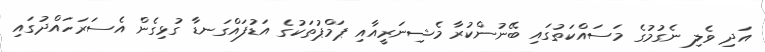
އަދި ވެލި ނެގުމުގެ މަސައްކަތުގައި ބޭނުންކުރާ މެޝިނަރީއާއި ޕަމްޕުތަކުގެ އަޑުފައްގަނޑާ ގުޅިގެން އެސަރަހައްދުގައި